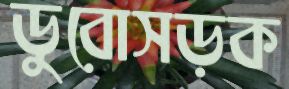
ডুবোসড়ক